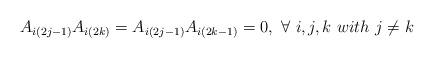
LaTeX: \begin{align*} A_{i(2j-1)}A_{i(2k)}= A_{i(2j-1)}A_{i(2k-1)}=0, \ \forall \ i,j,k \ with \ j\neq k \end{align*}